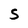
Character: S